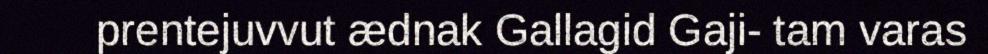
prentejuvvut ædnak Gallagid Gaji- tam varas